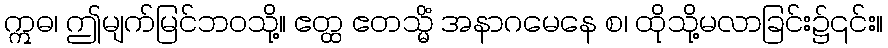
ဣဓ၊ ဤမျက်မြင်ဘဝသို့။ ဧတ္ထ ဧတသ္မိံ အနာဂမေနေ စ၊ ထိုသို့မလာခြင်း၌၎င်း။